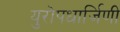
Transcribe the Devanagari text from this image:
युरोपधार्जिणी